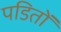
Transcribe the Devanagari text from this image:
पडितों